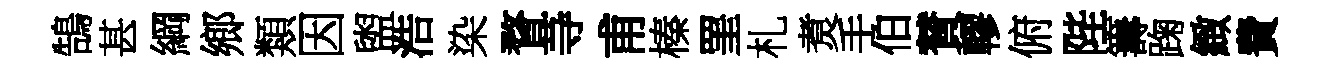
鵠甚綱鄉類因盥浩染瞀䒭甫榛罣札煑手伯賛轇俯陛籌踘緻費